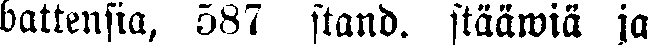
battensia, 587 stand. stääwiä ja